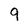
Character: 9